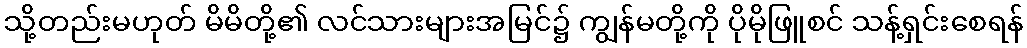
သို့တည်းမဟုတ် မိမိတို့၏ လင်သားများအမြင်၌ ကျွန်မတို့ကို ပိုမိုဖြူစင် သန့်ရှင်းစေရန်